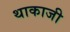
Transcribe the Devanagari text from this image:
थाकाजी